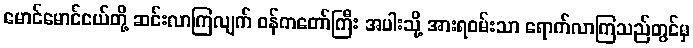
မောင်မောင်ငယ်တို့ ဆင်းလာကြလျက် ဝန်ကတော်ကြီး အပါးသို့ အားရဝမ်းသာ ရောက်လာကြသည်တွင်မှ